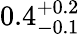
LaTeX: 0.4_{-0.1}^{+0.2}